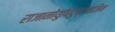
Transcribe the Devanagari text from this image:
राजानोयुधिदुष्टवाजिन